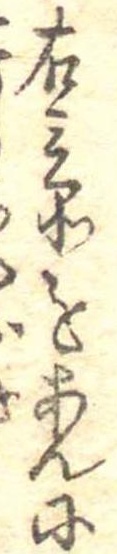
右三品をあんに